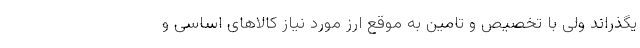
یگذراند ولی با تخصیص و تامین به موقع ارز مورد نیاز کالاهای اساسی و